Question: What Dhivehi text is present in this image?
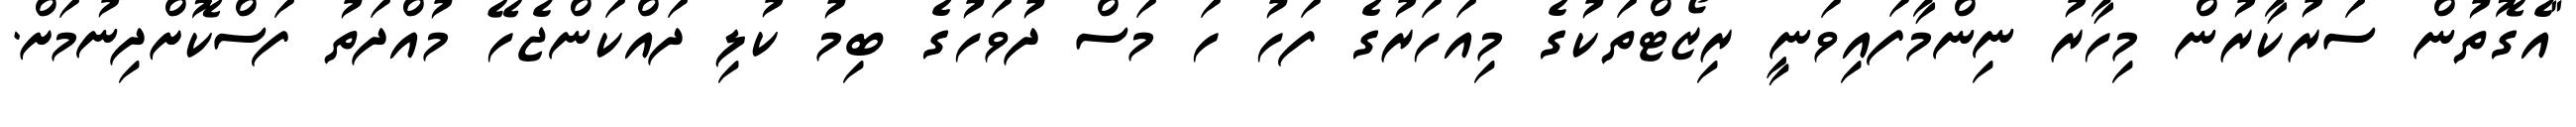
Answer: "އެގޮތުން ސަރުކާރުން މިހާރު ނިންމާފައިވަނީ ރިޒޯޓްތަކުގެ މިއަހަރުގެ ފަހު ހަ މަސް ދުވަހުގެ ބިމު ކުލި ދައްކަންޖެހޭ މުއްދަތު ފަސްކޮށްދިނުމަށް.